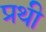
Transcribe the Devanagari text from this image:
प्रथी